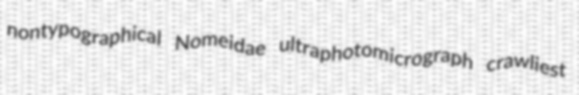
nontypographical Nomeidae ultraphotomicrograph crawliest